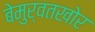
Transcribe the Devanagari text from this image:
बेमुर्वतखोर